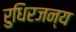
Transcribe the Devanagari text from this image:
रुधिरजन्य